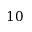
1 0